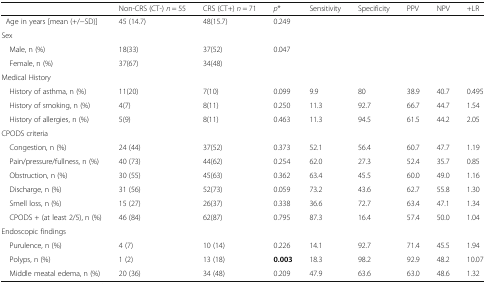
<table><thead><tr><td></td><td><b>Non-CRS (CT-) <i>n</i> = 55</b></td><td><b>CRS (CT+) <i>n</i> = 71</b></td><td><b><i>p</i>*</b></td><td><b>Sensitivity</b></td><td><b>Specificity</b></td><td><b>PPV</b></td><td><b>NPV</b></td><td><b>+LR</b></td></tr></thead><tbody><tr><td>Age in years [mean (+/−SD)]</td><td>45 (14.7)</td><td>48(15.7)</td><td>0.249</td><td></td><td></td><td></td><td></td><td></td></tr><tr><td colspan="4">Sex</td><td></td><td></td><td></td><td></td><td></td></tr><tr><td> Male, n (%)</td><td>18(33)</td><td>37(52)</td><td rowspan="2">0.047</td><td></td><td></td><td></td><td></td><td></td></tr><tr><td> Female, n (%)</td><td>37(67)</td><td>34(48)</td><td></td><td></td><td></td><td></td><td></td></tr><tr><td colspan="9">Medical History</td></tr><tr><td> History of asthma, n (%)</td><td>11(20)</td><td>7(10)</td><td>0.099</td><td>9.9</td><td>80</td><td>38.9</td><td>40.7</td><td>0.495</td></tr><tr><td> History of smoking, n (%)</td><td>4(7)</td><td>8(11)</td><td>0.250</td><td>11.3</td><td>92.7</td><td>66.7</td><td>44.7</td><td>1.54</td></tr><tr><td> History of allergies, n (%)</td><td>5(9)</td><td>8(11)</td><td>0.463</td><td>11.3</td><td>94.5</td><td>61.5</td><td>44.2</td><td>2.05</td></tr><tr><td colspan="9">CPODS criteria</td></tr><tr><td> Congestion, n (%)</td><td>24 (44)</td><td>37(52)</td><td>0.373</td><td>52.1</td><td>56.4</td><td>60.7</td><td>47.7</td><td>1.19</td></tr><tr><td> Pain/pressure/fullness, n (%)</td><td>40 (73)</td><td>44(62)</td><td>0.254</td><td>62.0</td><td>27.3</td><td>52.4</td><td>35.7</td><td>0.85</td></tr><tr><td> Obstruction, n (%)</td><td>30 (55)</td><td>45(63)</td><td>0.362</td><td>63.4</td><td>45.5</td><td>60.0</td><td>49.0</td><td>1.16</td></tr><tr><td> Discharge, n (%)</td><td>31 (56)</td><td>52(73)</td><td>0.059</td><td>73.2</td><td>43.6</td><td>62.7</td><td>55.8</td><td>1.30</td></tr><tr><td> Smell loss, n (%)</td><td>15 (27)</td><td>26(37)</td><td>0.338</td><td>36.6</td><td>72.7</td><td>63.4</td><td>47.1</td><td>1.34</td></tr><tr><td> CPODS + (at least 2/5), n (%)</td><td>46 (84)</td><td>62(87)</td><td>0.795</td><td>87.3</td><td>16.4</td><td>57.4</td><td>50.0</td><td>1.04</td></tr><tr><td colspan="9">Endoscopic findings</td></tr><tr><td> Purulence, n (%)</td><td>4 (7)</td><td>10 (14)</td><td>0.226</td><td>14.1</td><td>92.7</td><td>71.4</td><td>45.5</td><td>1.94</td></tr><tr><td> Polyps, n (%)</td><td>1 (2)</td><td>13 (18)</td><td><b>0.003</b></td><td>18.3</td><td>98.2</td><td>92.9</td><td>48.2</td><td>10.07</td></tr><tr><td> Middle meatal edema, n (%)</td><td>20 (36)</td><td>34 (48)</td><td>0.209</td><td>47.9</td><td>63.6</td><td>63.0</td><td>48.6</td><td>1.32</td></tr></tbody></table>